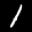
Label: 1